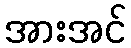
အားအင်